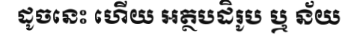
ដូចនេះ ហើយ អត្ថបដិរូប ឬ ន័យ